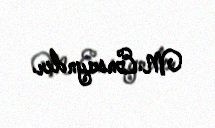
M.Ensayndır.